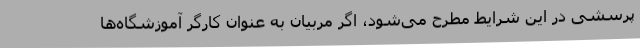
پرسشی در این شرایط مطرح می‌شود، اگر مربیان به عنوان کارگر آموزشگاه‌ها